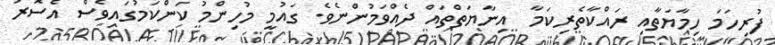
ފުރިހަމަ ހިމާޔަތާއި ރައްކާތެރިކަމާ  އިނާޔަތްތައް ދެއްވަމުންނެވެ. ގައުމީ މުހިންމު ކަންކަމުގައިވެސް އެސޮރު